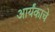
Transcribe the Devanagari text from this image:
आर्यंकाचे